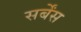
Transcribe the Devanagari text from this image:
सर्बेंस